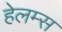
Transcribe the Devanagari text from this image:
हेलम्स